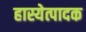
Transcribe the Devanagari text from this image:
हास्येत्पादक